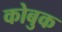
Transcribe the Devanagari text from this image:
कोबुक